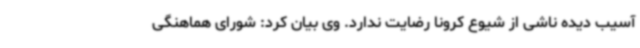
آسیب دیده ناشی از شیوع کرونا رضایت ندارد. وی بیان کرد: شورای هماهنگی